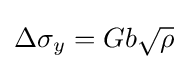
\Delta \sigma _{y}=Gb{\sqrt {\rho }}